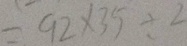
= 9 2 \times 3 5 \div 2